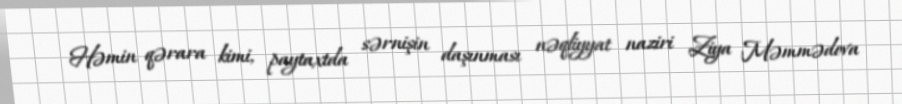
Həmin qərara kimi, paytaxtda sərnişin daşınması nəqliyyat naziri Ziya Məmmədova